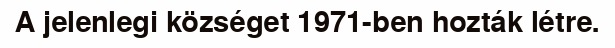
A jelenlegi községet 1971-ben hozták létre.